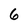
Character: 6